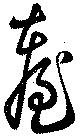
臺